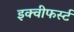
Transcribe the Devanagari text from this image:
इक्वीफर्स्ट